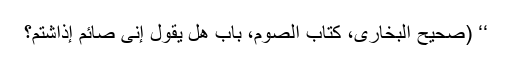
‘‘ (صحیح البخاری، کتاب الصوم، باب ھل یقول إنی صائم إذاشتم؟